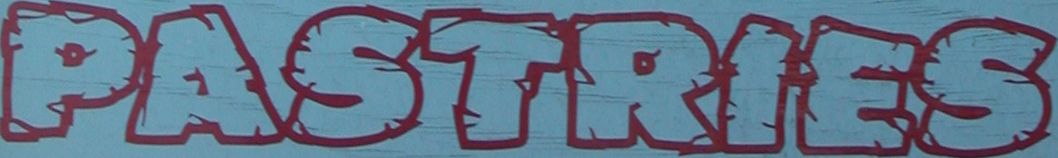
PASTRIES